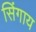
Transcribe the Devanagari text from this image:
सिंगाय